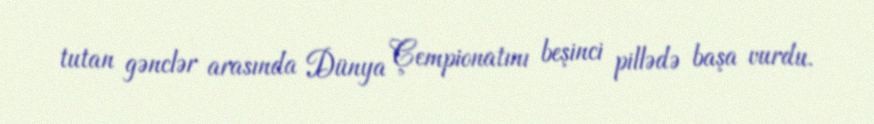
tutan gənclər arasında Dünya Çempionatını beşinci pillədə başa vurdu.